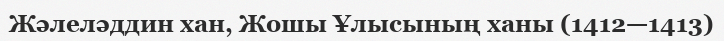
Жәлеләддин хан, Жошы Ұлысының ханы (1412—1413)